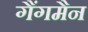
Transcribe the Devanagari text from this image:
गैंगमैन